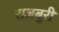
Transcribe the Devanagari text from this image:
राजबुरी